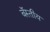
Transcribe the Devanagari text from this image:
बॅस्तीय